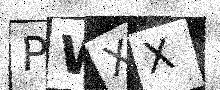
Text: PWXX